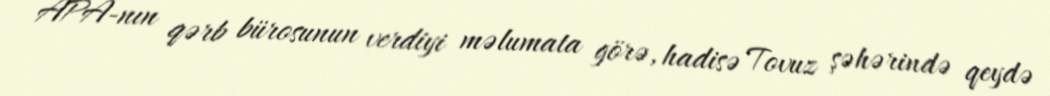
APA-nın qərb bürosunun verdiyi məlumata görə, hadisə Tovuz şəhərində qeydə